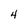
Character: 4